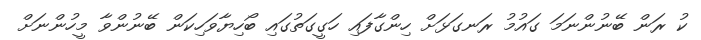
ކު ރަން ބޭނުންނަމަ ގައުމު ރަނގަޅަށް ހިންގާފައި ހަގީގަތުގައި ބޯހިޔާވަހިކަން ބޭނުންވާ މީހުންނަށް